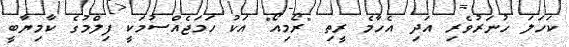
ކަހަލަ ހުނަރުވެރި އަދި އެހާމެ ރީތި "ރޯމިއޯ" އަކު ހަމަޖެއްސުމަކީ ފިލްމުގެ ކާމިޔާބީ